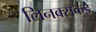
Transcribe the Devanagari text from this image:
लिनक्सकडे